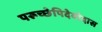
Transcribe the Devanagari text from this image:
परूच्छेपिदेवोदास